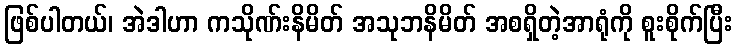
ဖြစ်ပါတယ်၊ အဲဒါဟာ ကသိုဏ်းနိမိတ် အသုဘနိမိတ် အစရှိတဲ့အာရုံကို စူးစိုက်ပြီး